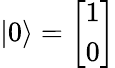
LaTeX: |0\rangle={\left[\begin{array}{l}{1}\\ {0}\end{array}\right]}